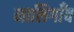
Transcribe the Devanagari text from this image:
मालिगाँव